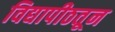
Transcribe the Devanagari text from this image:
विद्यापीठतून